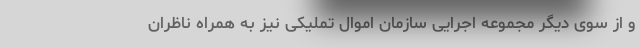
و از سوی دیگر مجموعه اجرایی سازمان اموال تملیکی نیز به همراه ناظران